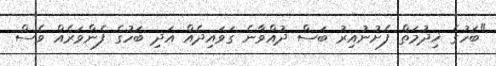
"ބަހުގެ ޚިދުމަތް ފެށުނުއިރު ބަސް ދުއްވާނެ ގަވައިދެއް އަދި ބަހުގެ ފެންވަރެއް ވެސް